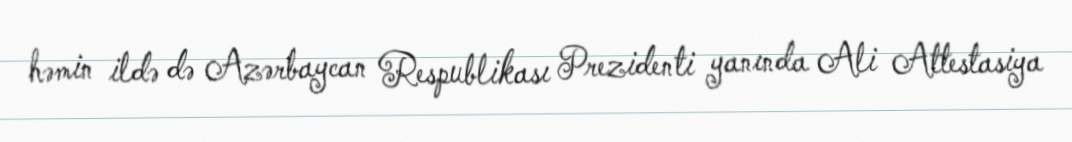
həmin ildə də Azərbaycan Respublikası Prezidenti yanında Ali Attestasiya